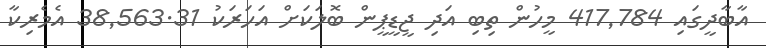
އާބާދީގައި 417